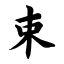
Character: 束